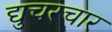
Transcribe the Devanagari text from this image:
द्युचरचार